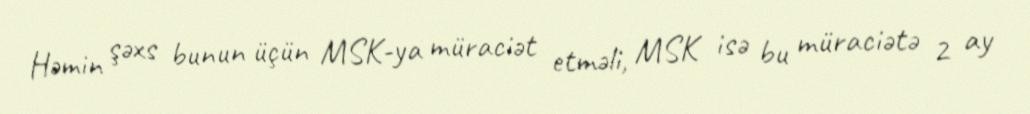
Həmin şəxs bunun üçün MSK-ya müraciət etməli, MSK isə bu müraciətə 2 ay